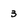
Character: 3